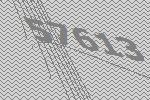
57613